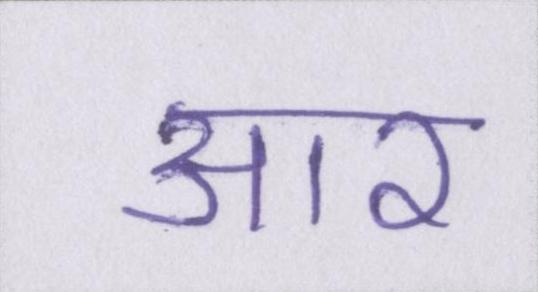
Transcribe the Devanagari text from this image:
आर